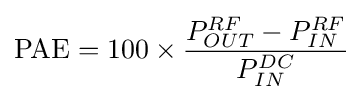
\mathrm {PAE} =100\times {\frac {P_{OUT}^{RF}-P_{IN}^{RF}}{P_{IN}^{DC}}}